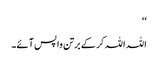
‘‘
اللہ اللہ کر کے برتن واپس آئے۔